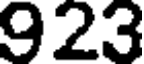
923